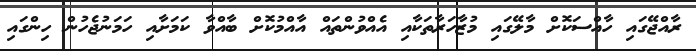
ރާއްޖޭގައި ހާއްސަކޮށް މާލޭގައި މުޒާހަރާތަކާއި އެއްވުންތައް އާއްމުކޮށް ބާއްވާ ކަމަަށާއި ހަމަނުޖެހުން ހިންގައި